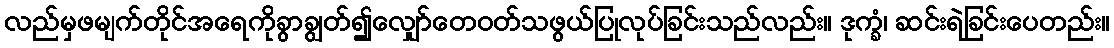
လည်မှဖမျက်တိုင်အရေကိုခွာချွတ်၍လျှော်တေဝတ်သဖွယ်ပြုလုပ်ခြင်းသည်လည်း။ ဒုက္ခံ၊ ဆင်းရဲခြင်းပေတည်း။